Vaccination in Bombay 1913-1923 - 1913-1923
Year: 1913
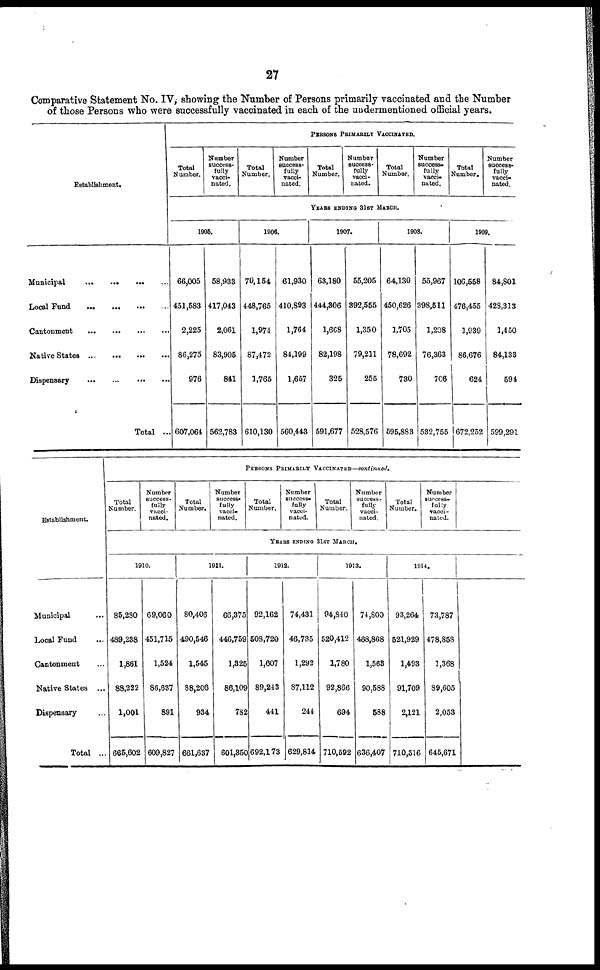
27
Comparative Statement No. IV, showing the Number of Persons primarily vaccinated and the Number
of those Persons who were successfully vaccinated in each of the undermentioned official years.
Establishment.
Municipal
...
...
...
...
Local Fund
...
...
...
...
Cantonment
...
...
...
...
Native States
...
...
...
...
Dispensary ... ... ... ...
Total ...
PERSONS PRIMARILY VACCINATED.
Total
Number.
Number
success-
fully
vacci-
nated.
Total
Number.
Number
success-
fully
vacci-
nated.
Total
Number.
Number
success-
fully
vacci-
nated.
Total
Number.
Number
success-
fully
vacci-
nated.
Total
Number.
Number
success-
fully
vacci-
nated.
YEARS ENDING 31ST MARCH.
1905.
66,005
451,583
2,225
86,275
976
607,064
58,933
417,043
2,061
83,905
841
562,783
1906.
70,154
448,765
1,974
87,472
1,765
610,130
61,930
410,893
1,764
84,199
1,657
560,443
1907.
63,180
444,306
1,668
82,198
325
591,677
55,205
392,555
1,350
79,211
255
528,576
1908.
64,130
450,626
1,705
78,692
730
595,883
55,967
398,511
1,208
76,363
706
532,755
1909.
106,558
476,455
1,939
86,676
624
672,252
84,801
428,313
1,450
84,133
594
599,291
Establishment.
Municipal ...
Local Fund ...
Cantonment ...
Native States ...
Dispensary ...
Total ...
PERSONS PRIMARILY VACCINATED—continued.
Total
Number.
Number
success-
fully
vacci-
nated.
Total
Number.
Number
success-
fully
vacci-
nated.
Total
Number.
Number
success-
fully
vacci-
nated.
Total
Number.
Number
success-
fully
vacci-
nated.
Total
Number.
Number
success-
fully
vacci-
nated.
YEARS ENDING 31ST MARCH.
1910.
85,280
489,238
1,861
88,222
1,001
665,602
69,060
451,715
1,524
86,637
891
609,827
1911.
80,406
490,546
1,545
88,206
934
661,637
66,375
446,759
1,325
86,109
782
601,350
1912.
92,162
508,720
1,607
89,243
441
692,173
74,431
46,735
1,292
87,112
244
629,814
1913.
94,840
520,412
1,780
92,866
694
710,592
74,800
468,868
1,563
90,588
588
636,407
1914.
93,264
521,929
1,493
91,709
2,121
710,516
73,787
478,858
1,368
89,605
2,053
645,671